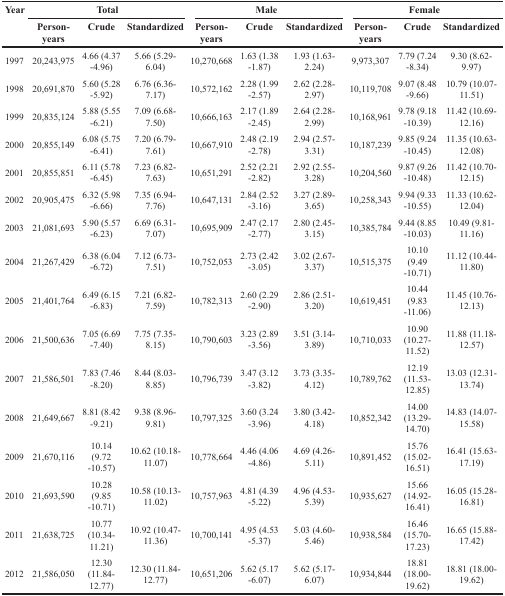
<table><thead><tr><td rowspan="2"><b>Year</b></td><td colspan="3"><b>Total</b></td><td colspan="3"><b>Male</b></td><td colspan="3"><b>Female</b></td></tr><tr><td><b>Person-years</b></td><td><b>Crude</b></td><td><b>Standardized</b></td><td><b>Person-years</b></td><td><b>Crude</b></td><td><b>Standardized</b></td><td><b>Person-years</b></td><td><b>Crude</b></td><td><b>Standardized</b></td></tr></thead><tbody><tr><td>1997</td><td>20,243,975</td><td>4.66 (4.37 -4.96)</td><td>5.66 (5.29-6.04)</td><td>10,270,668</td><td>1.63 (1.38 -1.87)</td><td>1.93 (1.63-2.24)</td><td>9,973,307</td><td>7.79 (7.24 -8.34)</td><td>9.30 (8.62-9.97)</td></tr><tr><td>1998</td><td>20,691,870</td><td>5.60 (5.28 -5.92)</td><td>6.76 (6.36-7.17)</td><td>10,572,162</td><td>2.28 (1.99 -2.57)</td><td>2.62 (2.28-2.97)</td><td>10,119,708</td><td>9.07 (8.48 -9.66)</td><td>10.79 (10.07-11.51)</td></tr><tr><td>1999</td><td>20,835,124</td><td>5.88 (5.55 -6.21)</td><td>7.09 (6.68-7.50)</td><td>10,666,163</td><td>2.17 (1.89 -2.45)</td><td>2.64 (2.28-2.99)</td><td>10,168,961</td><td>9.78 (9.18 -10.39)</td><td>11.42 (10.69-12.16)</td></tr><tr><td>2000</td><td>20,855,149</td><td>6.08 (5.75 -6.41)</td><td>7.20 (6.79-7.61)</td><td>10,667,910</td><td>2.48 (2.19 -2.78)</td><td>2.94 (2.57-3.31)</td><td>10,187,239</td><td>9.85 (9.24 -10.45)</td><td>11.35 (10.63-12.08)</td></tr><tr><td>2001</td><td>20,855,851</td><td>6.11 (5.78 -6.45)</td><td>7.23 (6.82-7.63)</td><td>10,651,291</td><td>2.52 (2.21 -2.82)</td><td>2.92 (2.55-3.28)</td><td>10,204,560</td><td>9.87 (9.26 -10.48)</td><td>11.42 (10.70-12.15)</td></tr><tr><td>2002</td><td>20,905,475</td><td>6.32 (5.98 -6.66)</td><td>7.35 (6.94-7.76)</td><td>10,647,131</td><td>2.84 (2.52 -3.16)</td><td>3.27 (2.89-3.65)</td><td>10,258,343</td><td>9.94 (9.33 -10.55)</td><td>11.33 (10.62-12.04)</td></tr><tr><td>2003</td><td>21,081,693</td><td>5.90 (5.57 -6.23)</td><td>6.69 (6.31-7.07)</td><td>10,695,909</td><td>2.47 (2.17 -2.77)</td><td>2.80 (2.45-3.15)</td><td>10,385,784</td><td>9.44 (8.85 -10.03)</td><td>10.49 (9.81-11.16)</td></tr><tr><td>2004</td><td>21,267,429</td><td>6.38 (6.04 -6.72)</td><td>7.12 (6.73-7.51)</td><td>10,752,053</td><td>2.73 (2.42 -3.05)</td><td>3.02 (2.67-3.37)</td><td>10,515,375</td><td>10.10 (9.49 -10.71)</td><td>11.12 (10.44-11.80)</td></tr><tr><td>2005</td><td>21,401,764</td><td>6.49 (6.15 -6.83)</td><td>7.21 (6.82-7.59)</td><td>10,782,313</td><td>2.60 (2.29 -2.90)</td><td>2.86 (2.51-3.20)</td><td>10,619,451</td><td>10.44 (9.83 -11.06)</td><td>11.45 (10.76-12.13)</td></tr><tr><td>2006</td><td>21,500,636</td><td>7.05 (6.69 -7.40)</td><td>7.75 (7.35-8.15)</td><td>10,790,603</td><td>3.23 (2.89 -3.56)</td><td>3.51 (3.14-3.89)</td><td>10,710,033</td><td>10.90 (10.27-11.52)</td><td>11.88 (11.18-12.57)</td></tr><tr><td>2007</td><td>21,586,501</td><td>7.83 (7.46 -8.20)</td><td>8.44 (8.03-8.85)</td><td>10,796,739</td><td>3.47 (3.12 -3.82)</td><td>3.73 (3.35-4.12)</td><td>10,789,762</td><td>12.19 (11.53-12.85)</td><td>13.03 (12.31-13.74)</td></tr><tr><td>2008</td><td>21,649,667</td><td>8.81 (8.42 -9.21)</td><td>9.38 (8.96-9.81)</td><td>10,797,325</td><td>3.60 (3.24 -3.96)</td><td>3.80 (3.42-4.18)</td><td>10,852,342</td><td>14.00 (13.29-14.70)</td><td>14.83 (14.07-15.58)</td></tr><tr><td>2009</td><td>21,670,116</td><td>10.14 (9.72 -10.57)</td><td>10.62 (10.18-11.07)</td><td>10,778,664</td><td>4.46 (4.06 -4.86)</td><td>4.69 (4.26-5.11)</td><td>10,891,452</td><td>15.76 (15.02-16.51)</td><td>16.41 (15.63-17.19)</td></tr><tr><td>2010</td><td>21,693,590</td><td>10.28 (9.85 -10.71)</td><td>10.58 (10.13-11.02)</td><td>10,757,963</td><td>4.81 (4.39 -5.22)</td><td>4.96 (4.53-5.39)</td><td>10,935,627</td><td>15.66 (14.92-16.41)</td><td>16.05 (15.28-16.81)</td></tr><tr><td>2011</td><td>21,638,725</td><td>10.77 (10.34-11.21)</td><td>10.92 (10.47-11.36)</td><td>10,700,141</td><td>4.95 (4.53 -5.37)</td><td>5.03 (4.60-5.46)</td><td>10,938,584</td><td>16.46 (15.70-17.23)</td><td>16.65 (15.88-17.42)</td></tr><tr><td>2012</td><td>21,586,050</td><td>12.30 (11.84-12.77)</td><td>12.30 (11.84-12.77)</td><td>10,651,206</td><td>5.62 (5.17 -6.07)</td><td>5.62 (5.17-6.07)</td><td>10,934,844</td><td>18.81 (18.00-19.62)</td><td>18.81 (18.00-19.62)</td></tr></tbody></table>